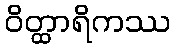
ဝိတ္ထာရိကဿ